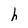
Character: h